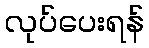
လုပ်ပေးရန်